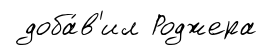
доба́в'ил Роджера